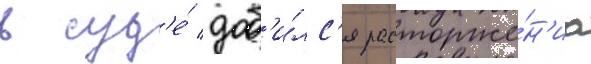
в суд'е́ доб'и́лс'я расторже́н'иа